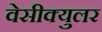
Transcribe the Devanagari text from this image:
वेसीक्युलर